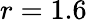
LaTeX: r=1.6